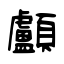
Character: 顱